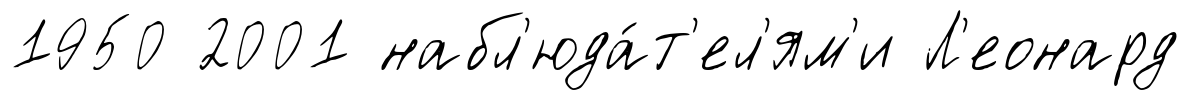
1950 2001 набл'юда́т'ел'ям'и Л'еонард